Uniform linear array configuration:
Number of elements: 12
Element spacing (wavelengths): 1
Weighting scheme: cosine
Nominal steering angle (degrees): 30
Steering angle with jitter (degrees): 31.556
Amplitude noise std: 0.05
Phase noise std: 0.05

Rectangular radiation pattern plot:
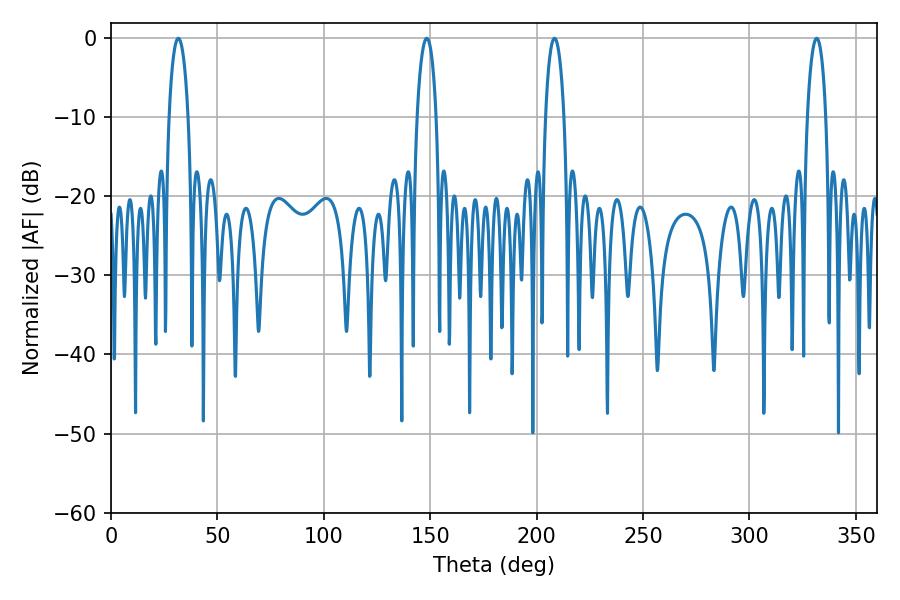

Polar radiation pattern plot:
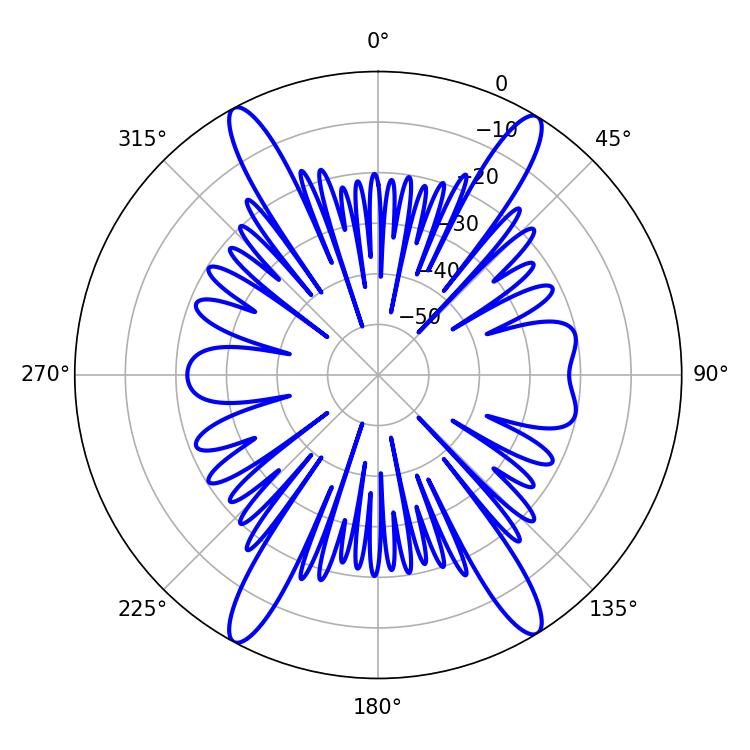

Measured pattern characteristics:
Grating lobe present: TRUE
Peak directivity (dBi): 21.428
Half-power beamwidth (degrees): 5.04
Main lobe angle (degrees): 208.44